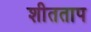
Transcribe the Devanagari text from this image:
शीतताप